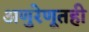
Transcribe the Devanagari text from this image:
अणुरेणूतही